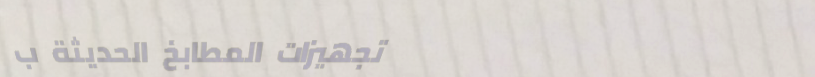
تجهيزات المطابخ الحديثة ب